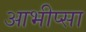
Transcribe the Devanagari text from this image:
आभीप्सा